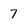
Character: 7